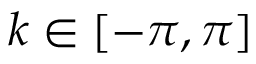
k \in [ - \pi , \pi ]